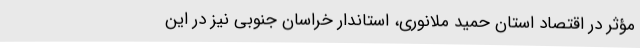
مؤثر در اقتصاد استان حمید ملانوری، استاندار خراسان جنوبی نیز در این